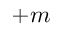
+ m